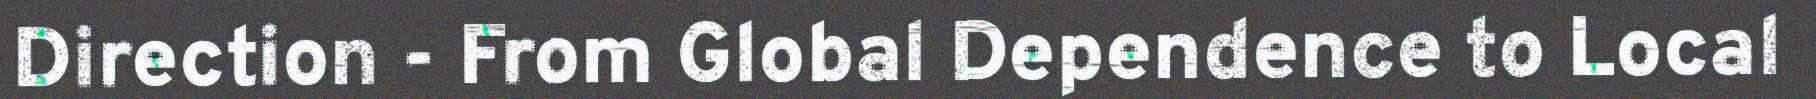
Direction - From Global Dependence to Local